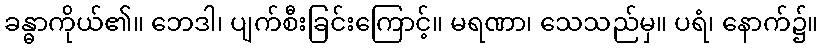
ခန္ဓာကိုယ်၏။ ဘေဒါ၊ ပျက်စီးခြင်းကြောင့်။ မရဏာ၊ သေသည်မှ။ ပရံ၊ နောက်၌။